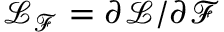
\mathcal { L } _ { \mathcal { F } } = \partial \mathcal { L } / \partial \mathcal { F }